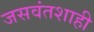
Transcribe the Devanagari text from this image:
जसवंतशाही